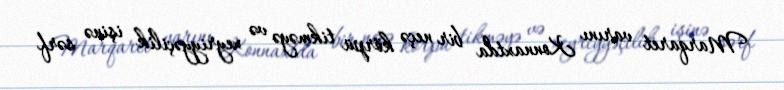
Marqaret varını Konnaxtda bir neçə körpü tikməyə və xeyriyyəçilik işinə sərf